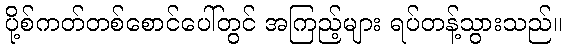
ပို့စ်ကတ်တစ်စောင်ပေါ်တွင် အကြည့်များ ရပ်တန့်သွားသည်။